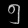
Digit: ၅